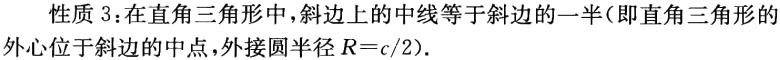
性质 3：在直角三角形中，斜边上的中线等于斜边的一半（即直角三角形的外心位于斜边的中点，外接圆半径\(R = c/2\)）.